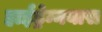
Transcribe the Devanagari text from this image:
हाईड्रेम्नयास